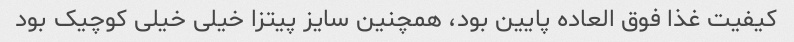
کیفیت غذا فوق العاده پایین بود، همچنین سایز پیتزا خیلی خیلی کوچیک بود